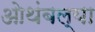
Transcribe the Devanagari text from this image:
ओथंबल्या